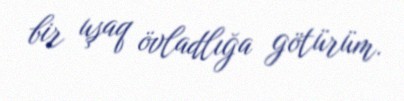
bir uşaq övladlığa götürüm.